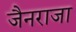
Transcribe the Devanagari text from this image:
जैनराजा